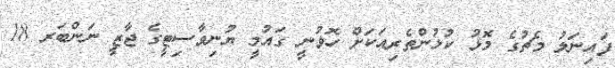
ފައިނަލު މެޗުގެ މޮޅު ކުޅުންތެރިއަކަށް ހޮވުނީ ގައުމީ ޔުނިވާސިޓީގެ ޖާޒީ ނަންބަރ 18